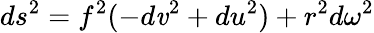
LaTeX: ds^{2}=f^{2}(-d\mathit{v}^{2}+du^{2})+r^{2}d\omega^{2}